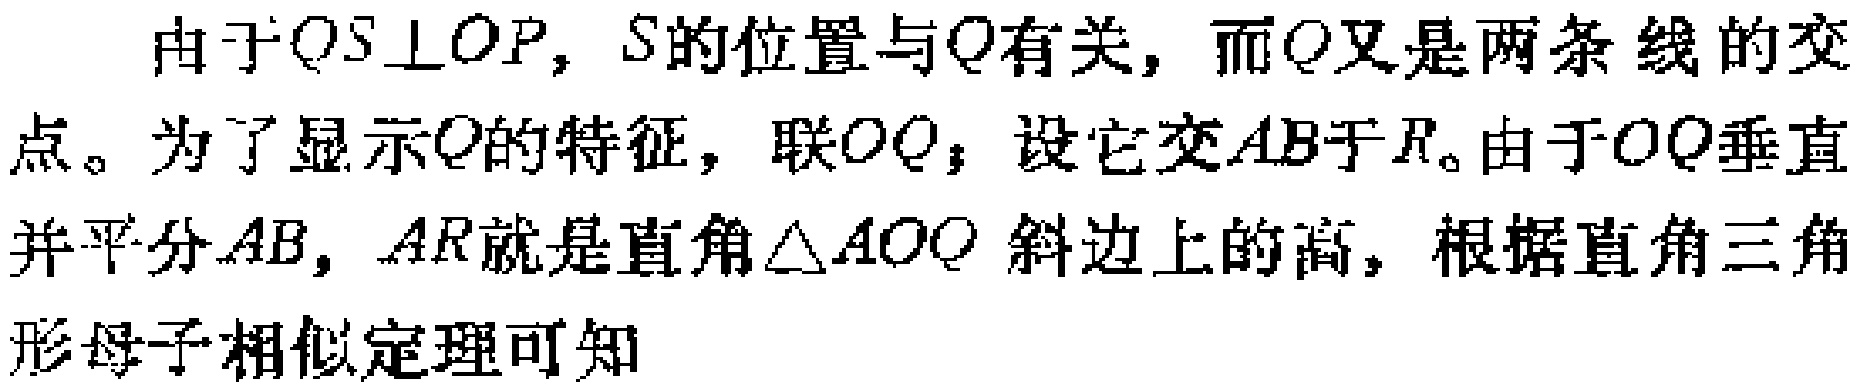
由于$QS\perp OP$，$S$的位置与$Q$有关，而$Q$又是两条 线的交

点。为了显示$Q$的特征，联$OQ$，设它交$AB$于$R$。由于$OQ$垂直

并平分$AB$，$AR$就是直角$\triangle AOQ$ 斜边上的高，根据直角三角

形母子相似定理可知